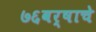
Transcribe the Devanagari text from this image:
७६वर्षाचे